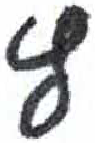
אות: ץ